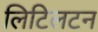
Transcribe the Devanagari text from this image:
लिटिलटन